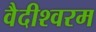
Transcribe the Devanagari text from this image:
वैदीश्वरम